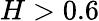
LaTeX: H>0.6